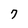
Character: 7